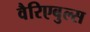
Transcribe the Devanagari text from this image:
वैरिएबुल्स